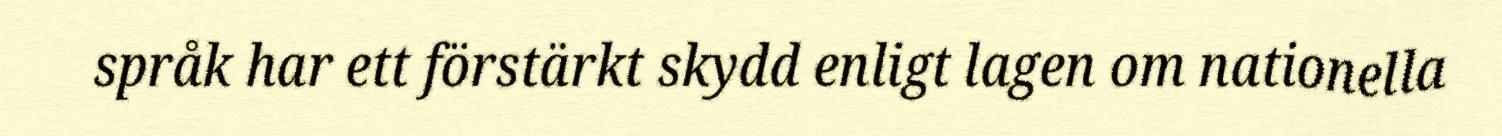
språk har ett förstärkt skydd enligt lagen om nationella